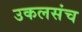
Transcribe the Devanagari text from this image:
उकलसंच